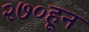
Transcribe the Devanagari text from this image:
२७०हून